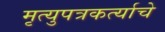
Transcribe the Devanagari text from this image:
मृत्युपत्रकर्त्याचे